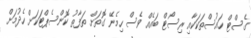
ގެސްޓް ހައުސްތަކަކާއި ރިސޯޓް ބައެއް ވެސް ހިމެނޭ ގޮތަށް ތަފާތު ކޮންސެޕްޓަކަށް ހެދުމަށް